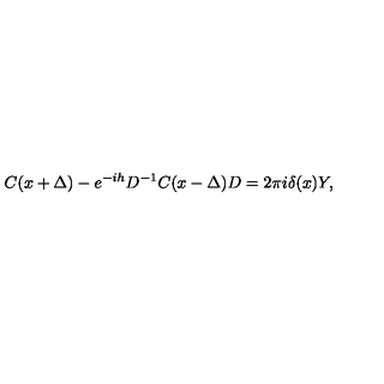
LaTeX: C ( x + \Delta ) - e ^ { - i h } D ^ { - 1 } C ( x - \Delta ) D = 2 \pi i \delta ( x ) Y ,